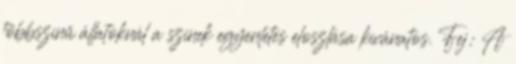
többszínű állatoknál a színek egyenletes eloszlása kívánatos. Fej: A